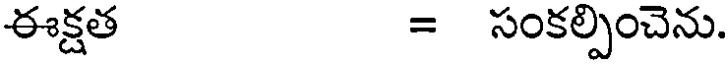
ఈక్షత = సంకల్పించెను.